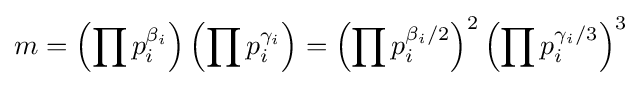
m=\left(\prod p_{i}^{\beta _{i}}\right)\left(\prod p_{i}^{\gamma _{i}}\right)=\left(\prod p_{i}^{\beta _{i}/2}\right)^{2}\left(\prod p_{i}^{\gamma _{i}/3}\right)^{3}